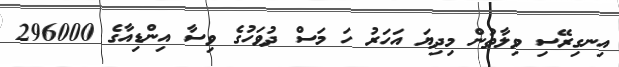
އިނގިރޭސި ވިލާތުން މިދިޔަ އަހަރު ހަ މަސް ދުވަހުގެ ވިސާ އިންޑިއާގެ 296000